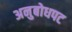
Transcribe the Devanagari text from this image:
अनुबोधपट